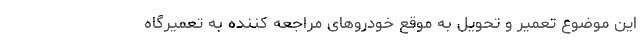
این موضوع تعمیر و تحویل به موقع خودروهای مراجعه کننده به تعمیرگاه